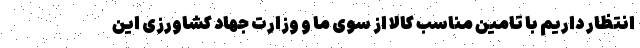
انتظار داریم با تامین مناسب کالا از سوی ما و وزارت جهاد کشاورزی این